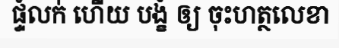
ផ្ទំលក់ ហើយ បង្ខំ ឲ្យ ចុះហត្ថលេខា